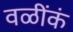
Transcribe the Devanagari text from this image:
वळींकं